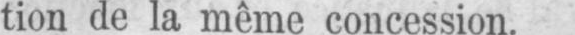
tion de la même concession.